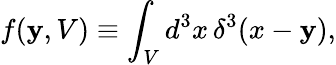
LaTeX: f(\mathbf{y},V)\equiv\int_{V}d^{3}x\, \delta^{3}(x-\mathbf{y}),